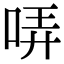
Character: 哢